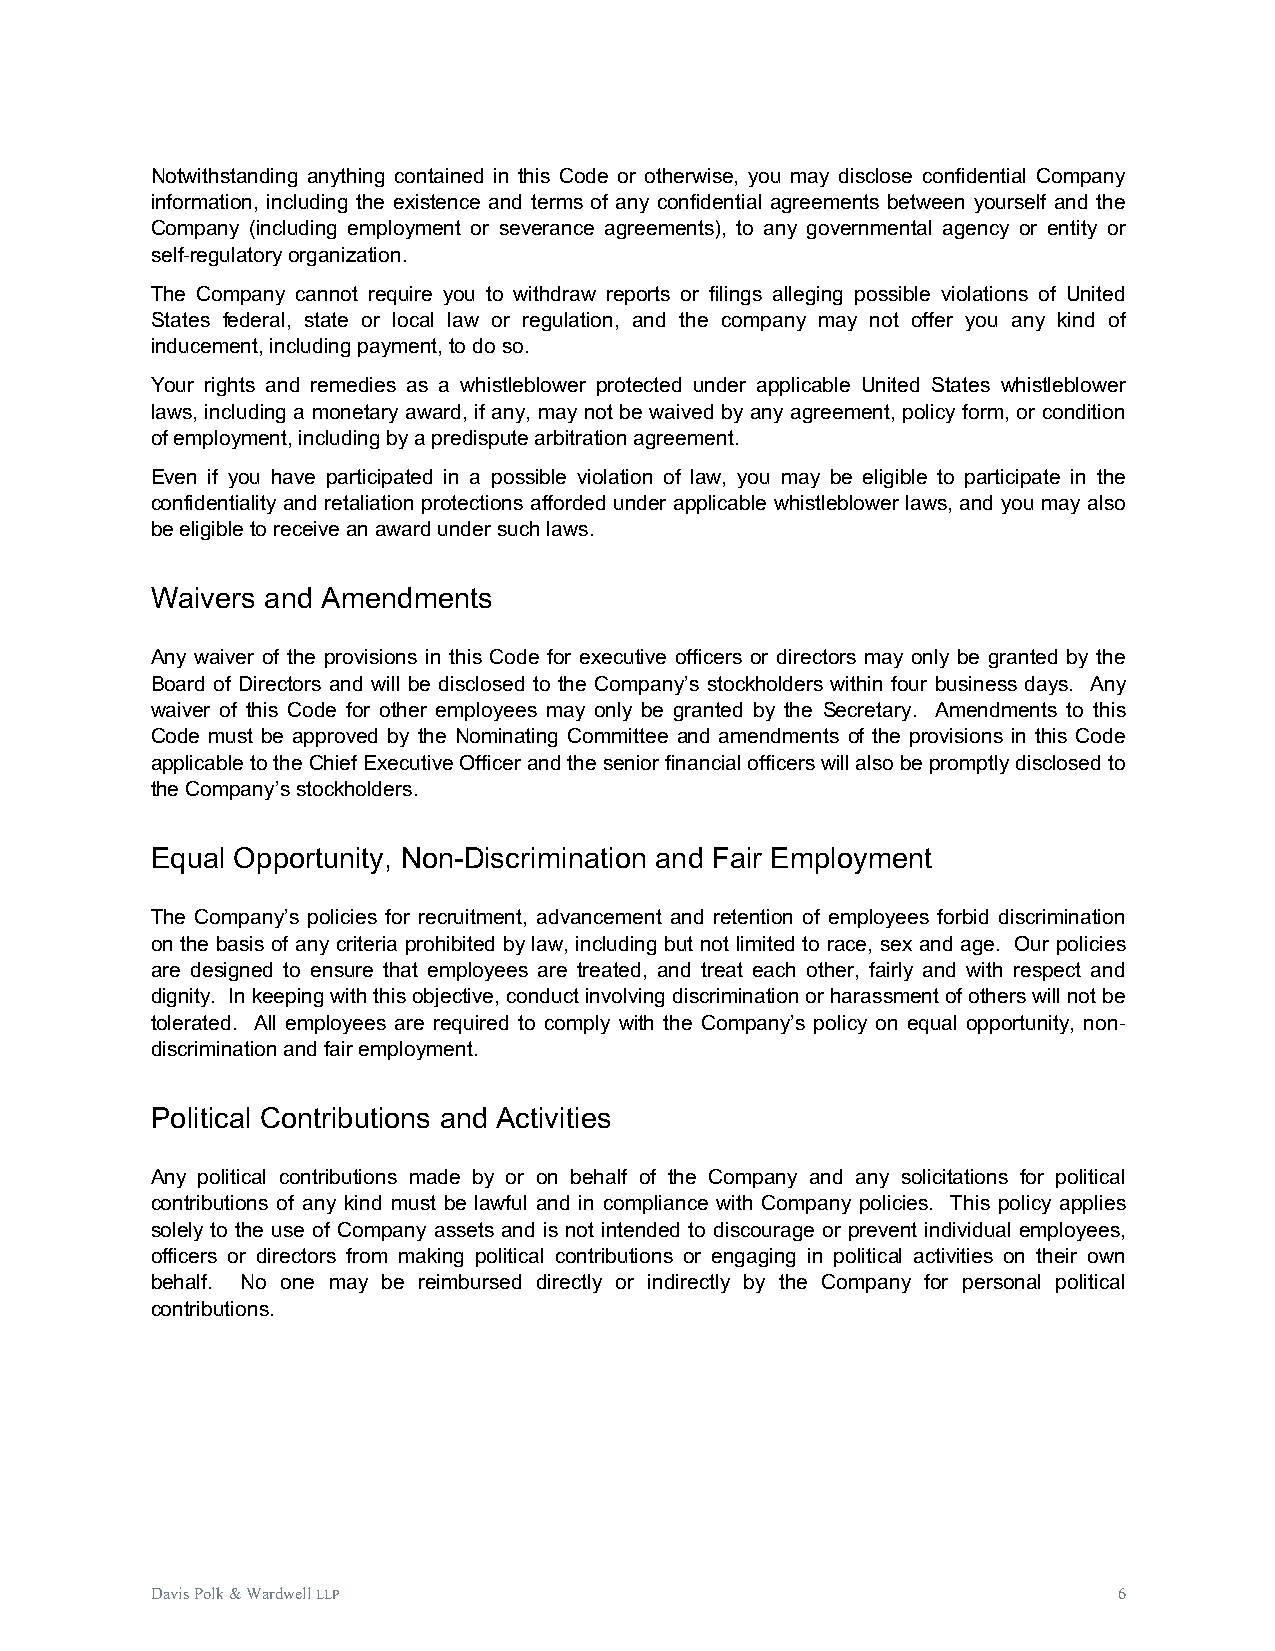
Notwithstanding anything contained in this Code or otherwise, you may disclose confidential Company
 information, including the existence and terms of any confidential agreements between yourself and the
 Company (including employment or severance agreements), to any governmental agency or entity or
 self-regulatory organization.
 The Company cannot require you to withdraw reports or filings alleging possible violations of United
 States federal, state or local law or regulation, and the company may not offer you any kind of
 inducement, including payment, to do so.
 Your rights and remedies as a whistleblower protected under applicable United States whistleblower
 laws, including a monetary award, if any, may not be waived by any agreement, policy form, or condition
 of employment, including by a predispute arbitration agreement.
 Even if you have participated in a possible violation of law, you may be eligible to participate in the
 confidentiality and retaliation protections afforded under applicable whistleblower laws, and you may also
 be eligible to receive an award under such laws.
 Waivers and Amendments
 Any waiver of the provisions in this Code for executive officers or directors may only be granted by the
 Board of Directors and will be disclosed to the Company’s stockholders within four business days. Any
 waiver of this Code for other employees may only be granted by the Secretary. Amendments to this
 Code must be approved by the Nominating Committee and amendments of the provisions in this Code
 applicable to the Chief Executive Officer and the senior financial officers will also be promptly disclosed to
 the Company’s stockholders.
 Equal Opportunity, Non-Discrimination and Fair Employment
 The Company’s policies for recruitment, advancement and retention of employees forbid discrimination
 on the basis of any criteria prohibited by law, including but not limited to race, sex and age. Our policies
 are designed to ensure that employees are treated, and treat each other, fairly and with respect and
 dignity. In keeping with this objective, conduct involving discrimination or harassment of others will not be
 tolerated. All employees are required to comply with the Company’s policy on equal opportunity, non-
 discrimination and fair employment.
 Political Contributions and Activities
 Any political contributions made by or on behalf of the Company and any solicitations for political
 contributions of any kind must be lawful and in compliance with Company policies. This policy applies
 solely to the use of Company assets and is not intended to discourage or prevent individual employees,
 officers or directors from making political contributions or engaging in political activities on their own
 behalf. No one may be reimbursed directly or indirectly by the Company for personal political
 contributions.
 Davis Polk & Wardwell LLP                                       6